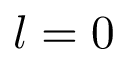
l = 0